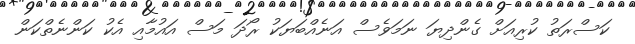
ކަސްރަތު ކުރިއަށް ގެންދިޔަ ނަމަވެސް އަނެއްބަޔަކު ރޯދަ މަސް އައުމާއި އެކު ކަންނެތްކަން